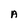
Character: A